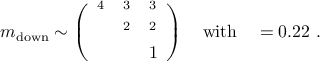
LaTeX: m _ { \mathrm { d o w n } } \sim \left( \begin{array} { l l l } { { \l ^ { 4 } } } & { { \l ^ { 3 } } } & { { \l ^ { 3 } } } \\ { { } } & { { \l ^ { 2 } } } & { { \l ^ { 2 } } } \\ { { } } & { { } } & { { 1 } } \end{array} \right) \quad \mathrm { w i t h } \quad \l = 0 . 2 2 \ .